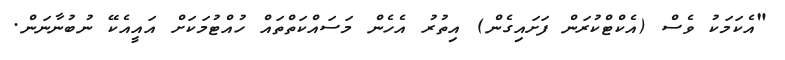
"އެކަމަކު ވެސް (އެކްޓްކުރަން ފަށައިގެން) އިތުރު އެހެން މަސައްކަތްތައް ހުއްޓުމަކަށް އައީއެކޭ ނުބުނާނަން.